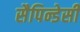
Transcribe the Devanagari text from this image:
सैपिन्डेसी